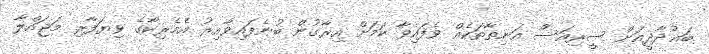
ބަޣުދާދީއަށް ސީރިއަސް އަނިޠާތަކެއް ވެފައިވާ ކަމަށް އިރާގުން ބުނެފައިވާއިރު އެމެރިކާގެ ވިޔަފާރި މަޖައްލާ